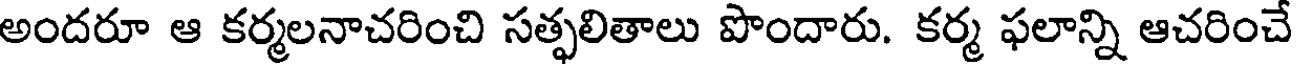
అందరూ ఆ కర్మలనాచరించి సత్ఫలితాలు పొందారు. కర్మ ఫలాన్ని ఆచరించే